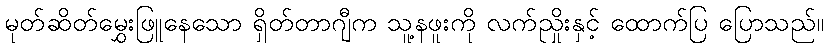
မုတ်ဆိတ်မွှေးဖြူနေသော ရှိတ်တာဂျီက သူ့နဖူးကို လက်ညှိုးနှင့် ထောက်ပြ ပြောသည်။